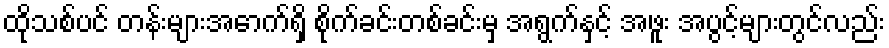
ထိုသစ်ပင် တန်းများအောက်ရှိ စိုက်ခင်းတစ်ခင်းမှ အရွက်နှင့် အဖူး အပွင့်များတွင်လည်း